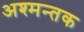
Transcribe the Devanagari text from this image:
अश्मन्तक